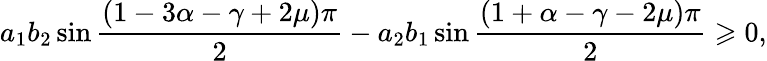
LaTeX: a_{1}b_{2}\sin\frac{\left(1-3\alpha-\gamma+2\mu\right)\pi}{2}-a_{2}b_{1}\sin\frac{\left(1+\alpha-\gamma-2\mu\right)\pi}{2}\geqslant 0,